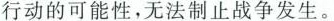
行动的可能性，无法制止战争发生。